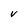
Character: V